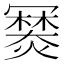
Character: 𤏷